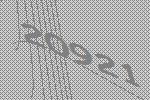
20921